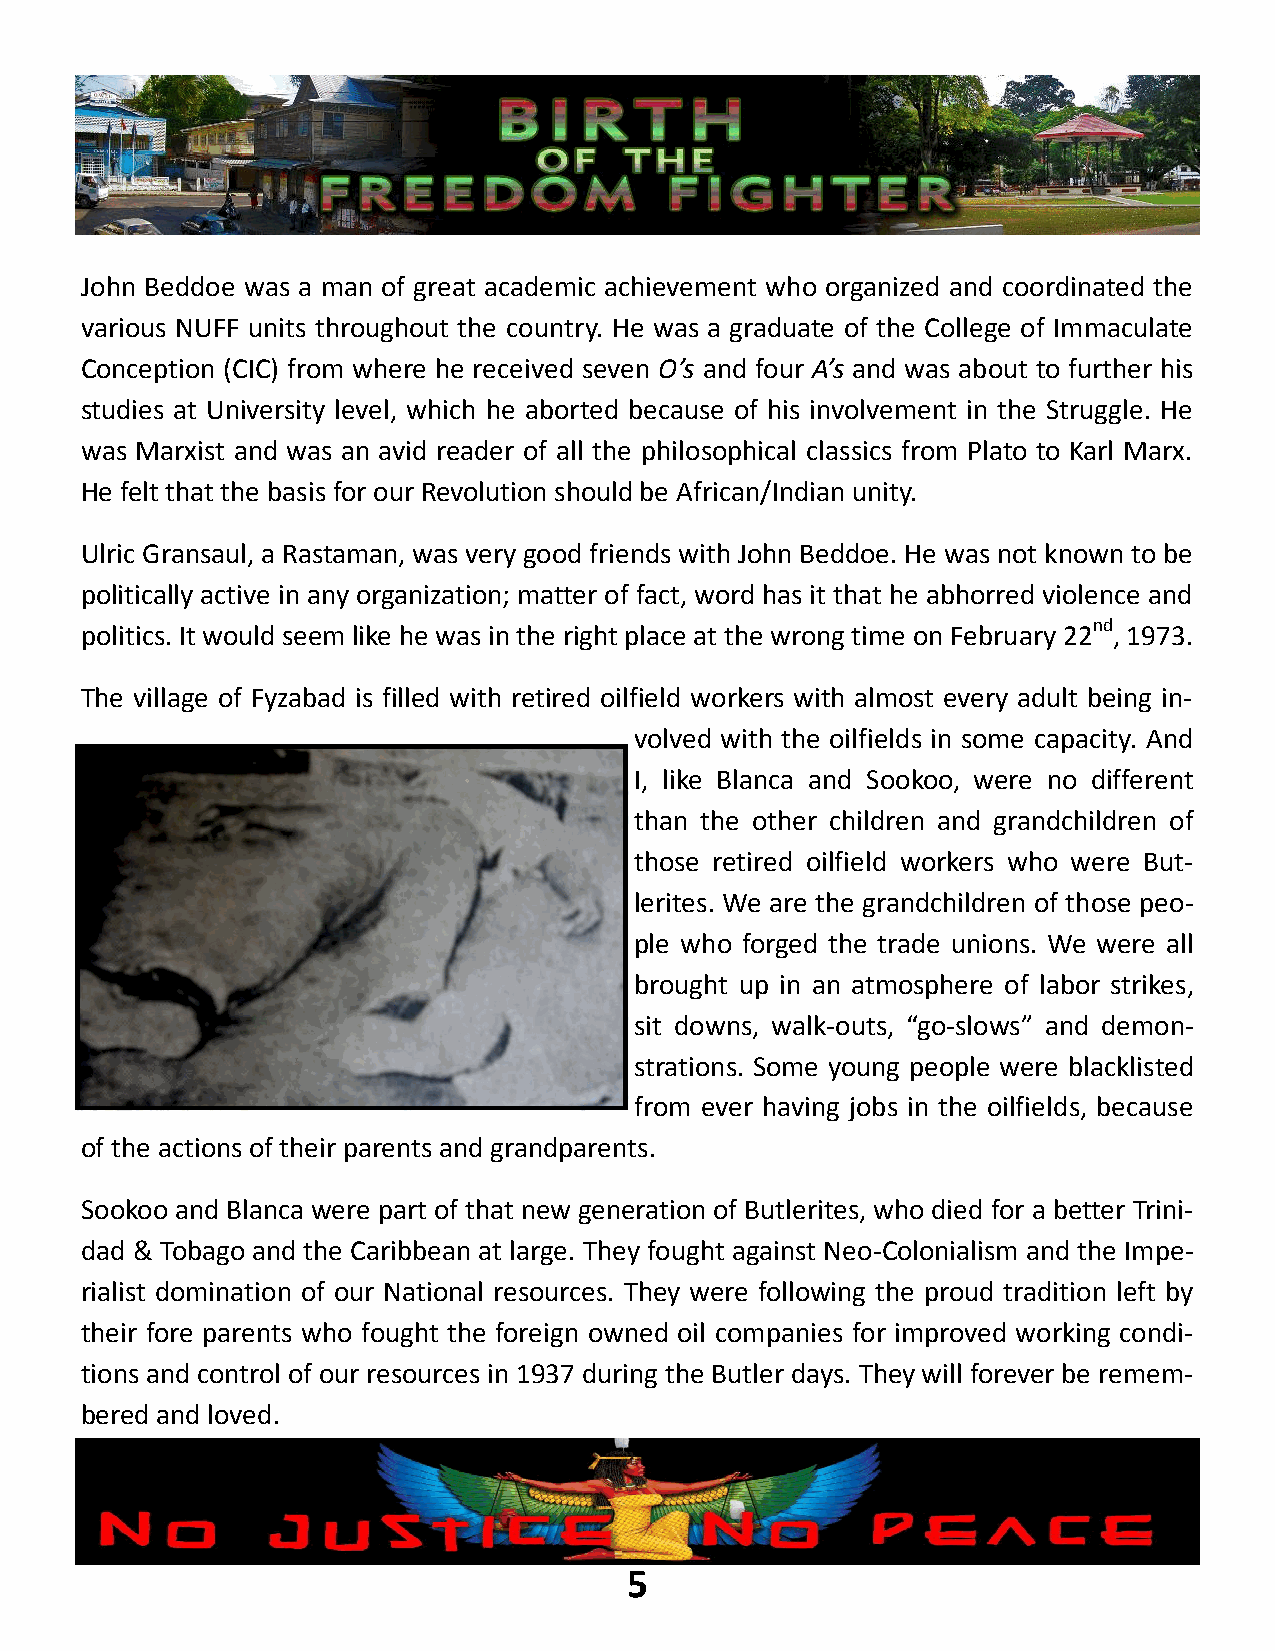
John Beddoe was a man of great academic achievement who organized and coordinated the
 various NUFF units throughout the country. He was a graduate of the College of Immaculate
 Conception (CIC) from where he received seven O’s and four A’s and was about to further his
 studies at University level, which he aborted because of his involvement in the Struggle. He
 was Marxist and was an avid reader of all the philosophical classics from Plato to Karl Marx.
 He felt that the basis for our Revolution should be African/Indian unity.
 Ulric Gransaul, a Rastaman, was very good friends with John Beddoe. He was not known to be
 politically active in any organization; matter of fact, word has it that he abhorred violence and
 nd
 politics. It would seem like he was in the right place at the wrong time on February 22 , 1973.
 The village of Fyzabad is filled with retired oilfield workers with almost every adult being in-
 volved with the oilfields in some capacity. And
 I, like Blanca and Sookoo, were no different
 than the other children and grandchildren of
 those retired oilfield workers who were But-
 lerites. We are the grandchildren of those peo-
 ple who forged the trade unions. We were all
 brought up in an atmosphere of labor strikes,
 sit downs, walk-outs, “go-slows” and demon-
 strations. Some young people were blacklisted
 from ever having jobs in the oilfields, because
 of the actions of their parents and grandparents.
 Sookoo and Blanca were part of that new generation of Butlerites, who died for a better Trini-
 dad & Tobago and the Caribbean at large. They fought against Neo-Colonialism and the Impe-
 rialist domination of our National resources. They were following the proud tradition left by
 their fore parents who fought the foreign owned oil companies for improved working condi-
 tions and control of our resources in 1937 during the Butler days. They will forever be remem-
 bered and loved.
 5